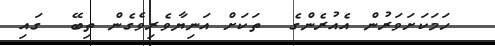
ހަމަކަށަވަރުން އެއުރެންގެ  ތަކަށް އަނިޔާވެރިވެގެން ތިބޭ  ގައި